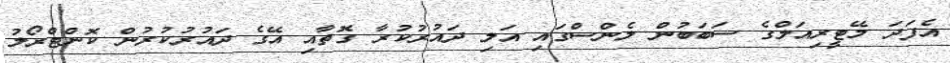
އެފަދަ މޭޓީރިއަލްގެ ސަބަބުން ލެންސްގައި އަލި ދައުރުކުރާ ގޮތާއި އޭގެ ދައުރުކުރުން ކޮންޓްރޯލު